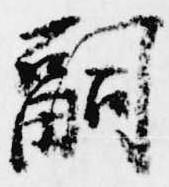
嗣